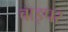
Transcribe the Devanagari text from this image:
बाइपर